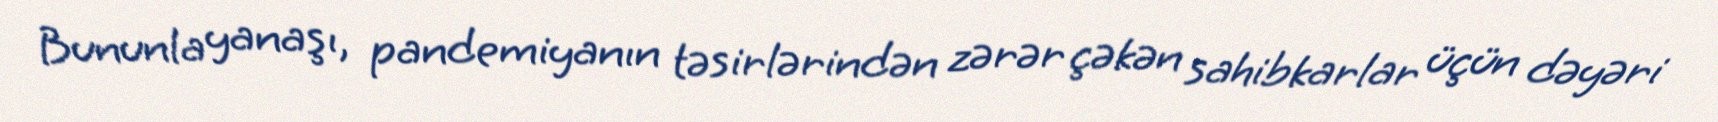
Bununla yanaşı, pandemiyanın təsirlərindən zərər çəkən sahibkarlar üçün dəyəri